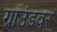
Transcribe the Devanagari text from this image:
ग्राउंडवर